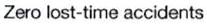
Zero lost-time accidents